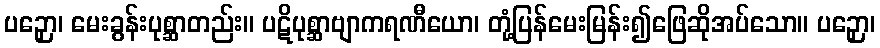
ပဉှော၊ မေးခွန်းပုစ္ဆာတည်း။ ပဋိပုစ္ဆာဗျာကရဏီယော၊ တုံ့ပြန်မေးမြန်း၍ဖြေဆိုအပ်သော။ ပဉှော၊